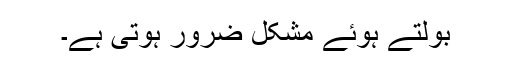
بولتے ہوئے مشکل ضرور ہوتی ہے۔